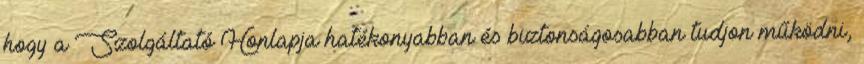
hogy a Szolgáltató Honlapja hatékonyabban és biztonságosabban tudjon működni,